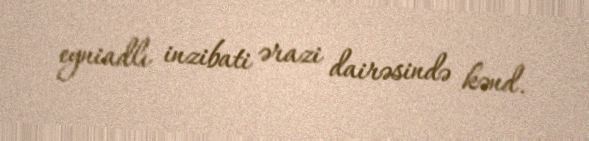
eyniadlı inzibati ərazi dairəsində kənd.